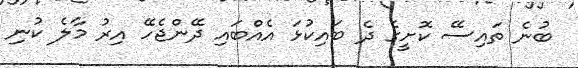
ބުނެ ތައިސޭ ކޮށީގެ ދެ ބައިކުޅަ އެއްބައި ދޭންޖެހޭ އިރު މާލެ ކުނި